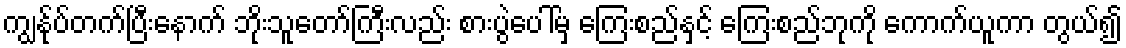
ကျွန်ုပ်တက်ပြီးနောက် ဘိုးသူတော်ကြီးလည်း စားပွဲပေါ်မှ ကြေးစည်နှင့် ကြေးစည်ဘုကို ကောက်ယူကာ တွယ်၍